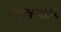
ભજવાય